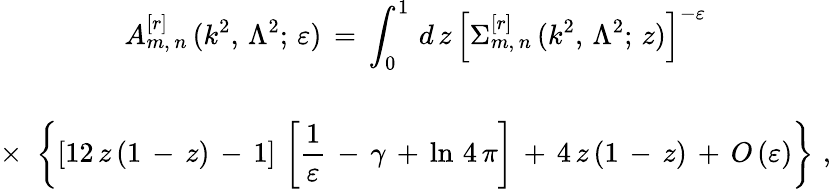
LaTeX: \begin{array}{c}{{\displaystyle{A_{m,\, n}^{[r]}\, (k^{2},\, \Lambda^{2};\, \varepsilon)\, =\, \int_{0}^{1}\, d\, z\, \left[\Sigma_{m,\, n}^{[r]}\, (k^{2},\, \Lambda^{2};\, z)\right]^{-\varepsilon}}}}\\ {{\mathrm{}}}\\ {{\displaystyle{\times\, \, \left\{ [12\, z\, (1\, -\, z)\, -\, 1]\, \left[\frac{1}{\varepsilon}\, -\, \gamma\, +\, \ln\, 4\, \pi\right]\, +\, 4\, z\, (1\, -\, z)\, +\, O\, (\varepsilon)\right\} \, \, ,}}}\end{array}